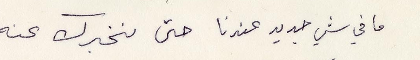
ما في جديد عندنا حتى نخبرك عنه